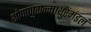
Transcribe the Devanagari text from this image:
शोणापुरान्माथुरंमंडलं